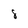
Character: 8